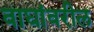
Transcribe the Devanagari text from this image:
वाघांवरील